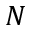
N